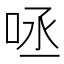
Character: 𠱺